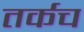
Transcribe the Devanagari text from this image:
तर्कच